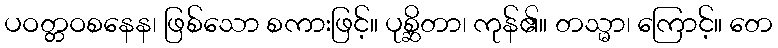
ပဝတ္တဝစနေန၊ ဖြစ်သော စကားဖြင့်။ ပုစ္ဆိတာ၊ ကုန်၏။ တသ္မာ၊ ကြောင့်။ တေ